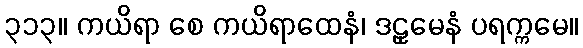
၃၁၃။ ကယိရာ စေ ကယိရာထေနံ၊ ဒဠှမေနံ ပရက္ကမေ။